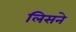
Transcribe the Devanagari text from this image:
लिसने